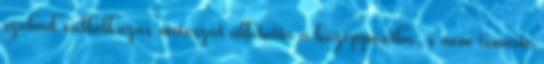
szabad vállalkozás mítoszát állította a középpontba, s nem ismerte